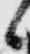
候